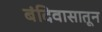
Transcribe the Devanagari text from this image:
बंदिवासातून